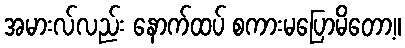
အမားလ်လည်း နောက်ထပ် စကားမပြောမိတော့။